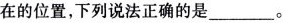
在的位置,下列说法王确的是___。